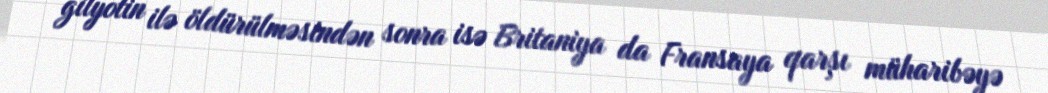
gilyotin ilə öldürülməsindən sonra isə Britaniya da Fransaya qarşı müharibəyə